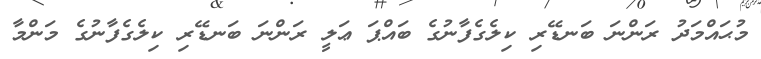
މުޙައްމަދު ރަންނަ ބަނޑޭރި ކިލެގެފާނުގެ ބައްޕަ ޢަލީ ރަންނަ ބަނޑޭރި ކިލެގެފާނުގެ މަންމާ